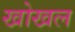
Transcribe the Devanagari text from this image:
खोखल